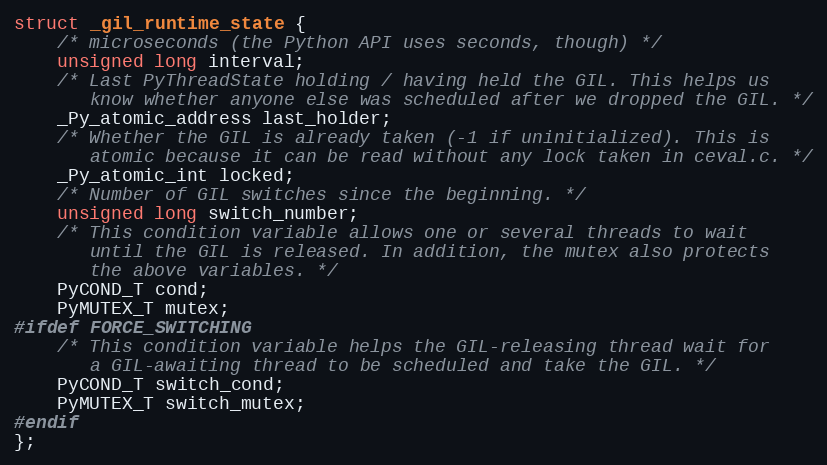
Language: C
struct _gil_runtime_state {
    /* microseconds (the Python API uses seconds, though) */
    unsigned long interval;
    /* Last PyThreadState holding / having held the GIL. This helps us
       know whether anyone else was scheduled after we dropped the GIL. */
    _Py_atomic_address last_holder;
    /* Whether the GIL is already taken (-1 if uninitialized). This is
       atomic because it can be read without any lock taken in ceval.c. */
    _Py_atomic_int locked;
    /* Number of GIL switches since the beginning. */
    unsigned long switch_number;
    /* This condition variable allows one or several threads to wait
       until the GIL is released. In addition, the mutex also protects
       the above variables. */
    PyCOND_T cond;
    PyMUTEX_T mutex;
#ifdef FORCE_SWITCHING
    /* This condition variable helps the GIL-releasing thread wait for
       a GIL-awaiting thread to be scheduled and take the GIL. */
    PyCOND_T switch_cond;
    PyMUTEX_T switch_mutex;
#endif
};